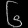
Digit: ၆